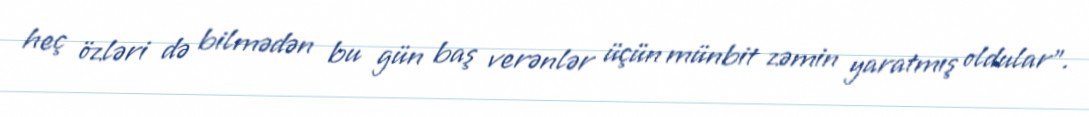
heç özləri də bilmədən bu gün baş verənlər üçün münbit zəmin yaratmış oldular".